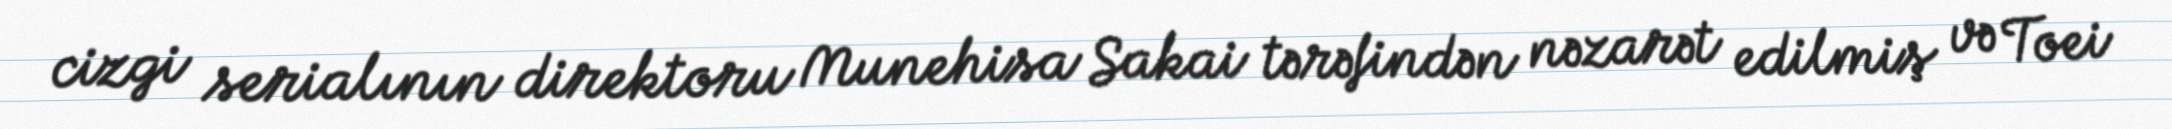
cizgi serialının direktoru Munehisa Sakai tərəfindən nəzarət edilmiş və Toei